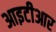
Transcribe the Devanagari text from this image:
आइटीआर